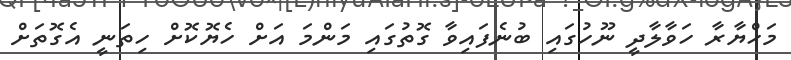
މަހްޔާރާ ހަވާލާދީ ނޫހުގައި ބުނެފައިވާ ގޮތުގައި މަންމަ އަށް ހެޔޮކޮށް ހިތަނީ އެގޮތަށް